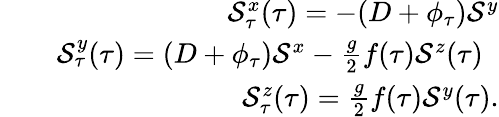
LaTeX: \begin{array}{rlr}&{}&{{\mathcal{S}}_{\tau}^{x}(\tau)=-(D+\phi_{\tau})\mathcal{S}^{y}}\\ &{}&{{\mathcal{S}}_{\tau}^{y}(\tau)=(D+\phi_{\tau})\mathcal{S}^{x}-\frac{g}{2}f(\tau)\mathcal{S}^{z}(\tau)\; \; }\\ &{}&{{\mathcal{S}}_{\tau}^{z}(\tau)=\frac{g}{2}f(\tau)\mathcal{S}^{y}(\tau).}\end{array}